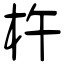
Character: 杵